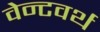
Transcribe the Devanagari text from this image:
वेन्टवर्थ